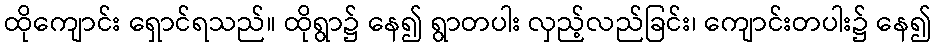
ထိုကျောင်း ရှောင်ရသည်။ ထိုရွာ၌ နေ၍ ရွာတပါး လှည့်လည်ခြင်း၊ ကျောင်းတပါး၌ နေ၍